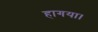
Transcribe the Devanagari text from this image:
हागया।